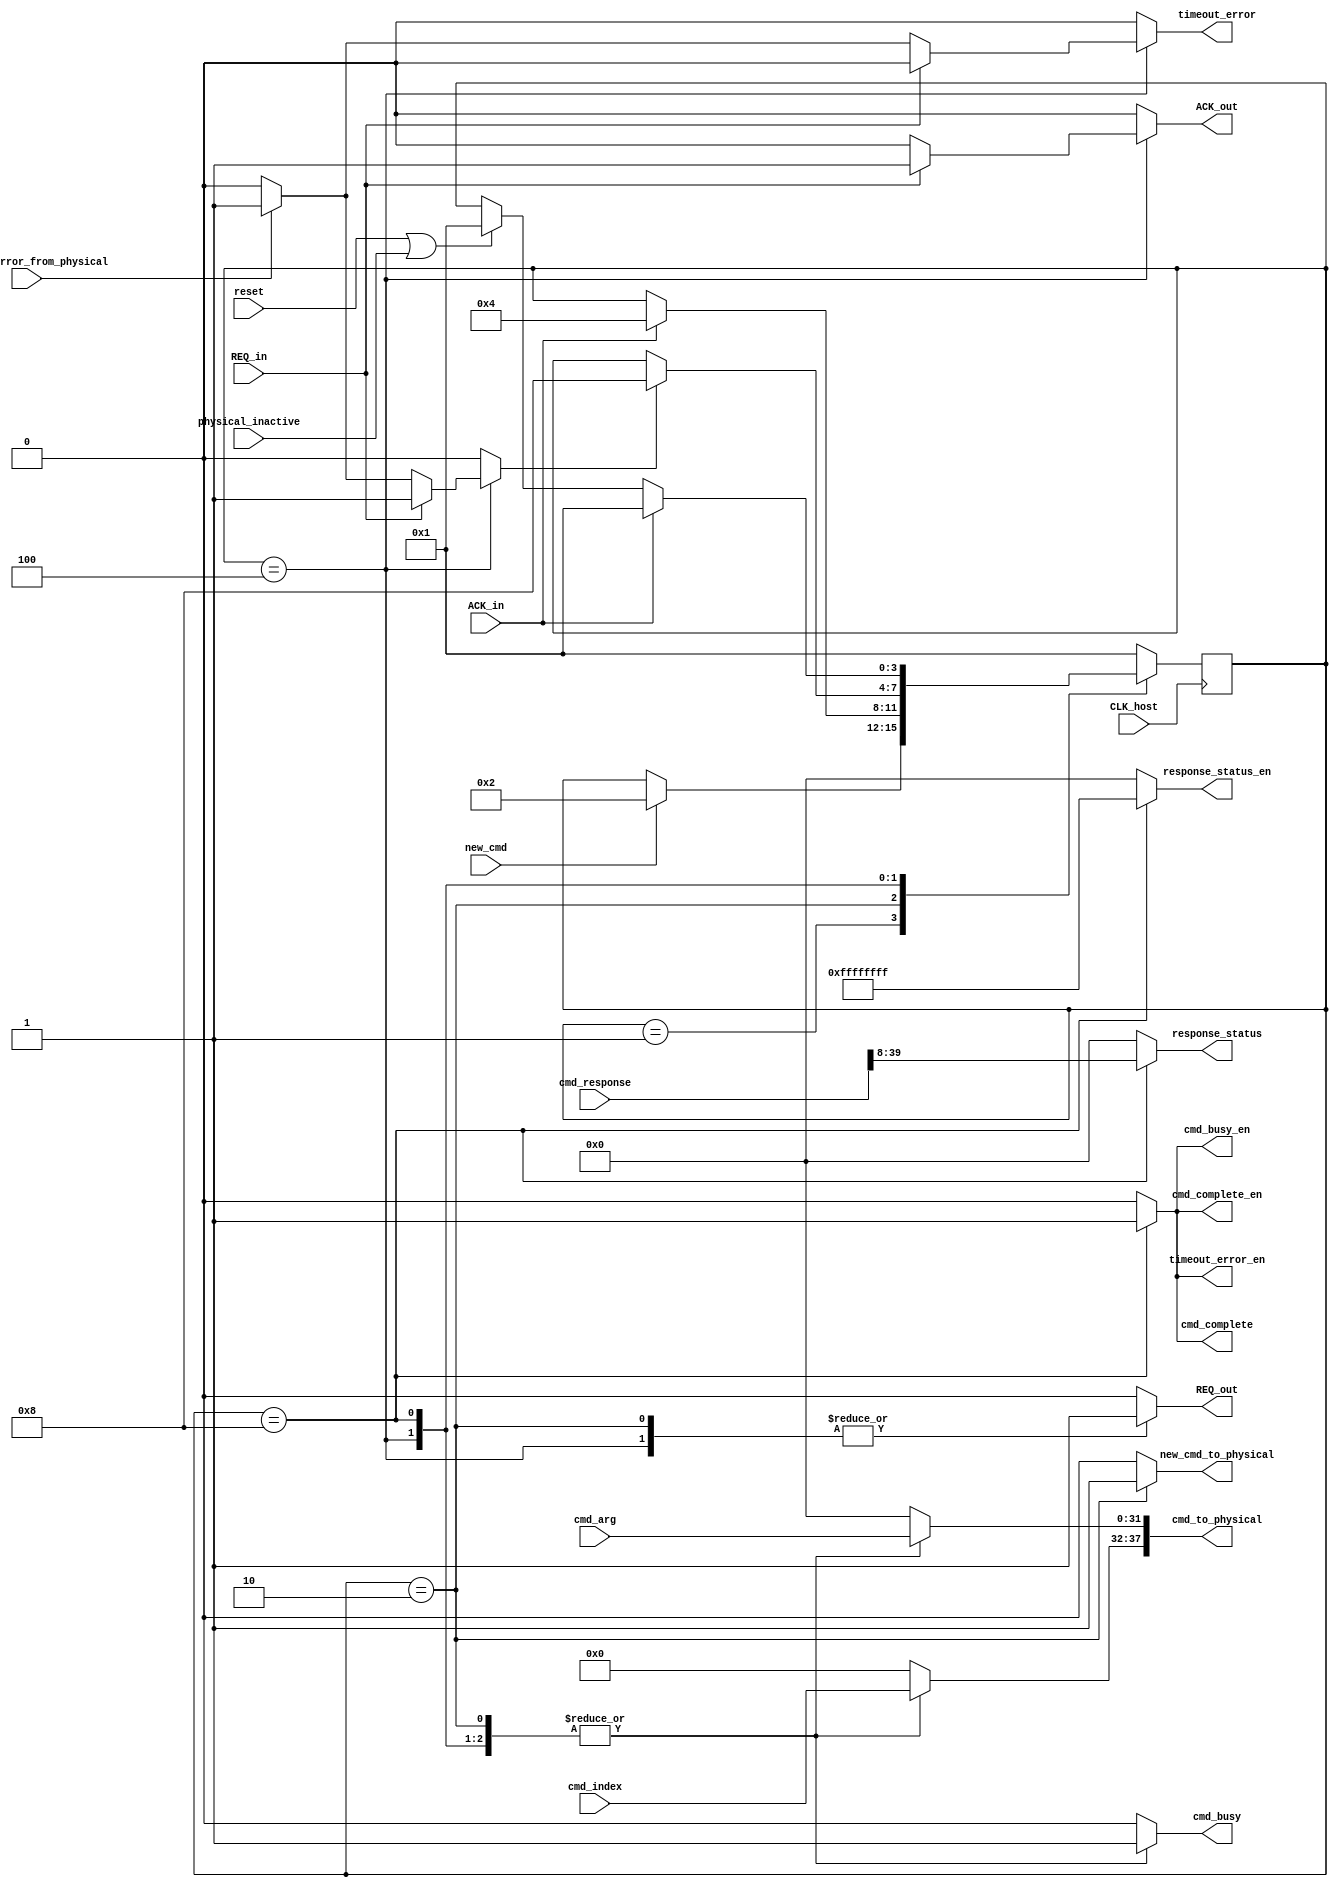
module CMD_master(

	input reset, 
	input CLK_host,
	input new_cmd,
	input ACK_in,
	input REQ_in,
	input physical_inactive,
	input [31:0] cmd_arg,
	input [5:0] cmd_index, 
	input [47:0] cmd_response,
	input timeout_error_from_physical,

	output cmd_busy,
	output cmd_complete,
	output REQ_out,
	output ACK_out,
	output timeout_error,
	output [31:0]response_status,
	output [37:0]cmd_to_physical,
	output cmd_busy_en,
	output cmd_complete_en,
	output timeout_error_en,
	output [31:0] response_status_en,
	output new_cmd_to_physical
	);

	//States (one-hot)
	parameter ST_WAITING_CMD = 4'b0001;
	parameter ST_SETUP = 4'b0010;
	parameter ST_WAITING_RESPONSE = 4'b0100;
	parameter ST_FINISHING = 4'b1000;

	//inputs
	wire reset, CLK_host, new_cmd, ACK_in, REQ_in;
	wire [31:0] cmd_arg;
	wire [5:0] cmd_index; 
	wire [47:0] cmd_response;
	
	
	//outputs
	reg cmd_busy, cmd_complete,REQ_out,ACK_out,timeout_error;
	reg [31:0]response_status;
	reg [37:0]cmd_to_physical;
	reg cmd_busy_en;
	reg cmd_complete_en;
	reg timeout_error_en;
	reg [31:0] response_status_en;
	reg new_cmd_to_physical;
	
	//other wires
	
	
	//other regs
	reg [3:0] current_st = ST_WAITING_CMD;
	reg execute_complete;
	
	
	
	
	
	//FF's and next state block
	always @(posedge CLK_host) begin
			if (reset || physical_inactive) begin
				current_st <= ST_WAITING_CMD;
			end
			else begin
				current_st <= current_st;
			end
			case(current_st)
				
				ST_WAITING_CMD: begin
					if (new_cmd == 1) begin
						current_st <= ST_SETUP;
					end
					else begin
						current_st <= current_st;
					end
				end
				
				ST_SETUP: begin			
					if(ACK_in == 1) begin
						current_st <= ST_WAITING_RESPONSE;
					end
					else begin
						current_st <= current_st;
					end
				end
				
				ST_WAITING_RESPONSE: begin
					if( execute_complete == 1 ) begin
						current_st <= ST_FINISHING;
					end
					else begin
						current_st <= current_st;
					end
				end
				
				ST_FINISHING: begin
				   if (ACK_in==1) begin
					current_st <= ST_WAITING_CMD;
				   end	
				end
				
				default: current_st <= ST_WAITING_CMD;
			endcase
	
	end


	//Combinational logic
	always @(*) begin
	
		case (current_st)
			ST_WAITING_CMD: begin
				cmd_busy = 0;
				cmd_complete = 0;
				REQ_out = 0;
				ACK_out = 0;
				timeout_error = 0;
				response_status = 32'h0000_0000;
				cmd_to_physical = 38'h0000_0000;
				execute_complete =0;
				
				cmd_busy_en = 0;
				cmd_complete_en = 0;
				timeout_error_en = 0;
				response_status_en = 32'h0000_0000;
				new_cmd_to_physical = 0;
					
			end
		
			ST_SETUP: begin
				cmd_busy = 1;
				cmd_complete = 0;
				REQ_out = 1;
				ACK_out = 0;
				timeout_error = 0;
				response_status = 32'h0000_0000;
				cmd_to_physical[37:32] = cmd_index;
				cmd_to_physical[31:0] = cmd_arg;
				execute_complete =0;
				new_cmd_to_physical = 1;
				
				cmd_busy_en = 0;
				cmd_complete_en = 0;
				timeout_error_en = 0;
				response_status_en = 32'h0000_0000;
			
							
			end
		
			ST_WAITING_RESPONSE: begin
				cmd_busy = 1;
				cmd_complete = 0;
				REQ_out = 1;
				response_status = 32'h0000_0000;
				cmd_to_physical[37:32] = cmd_index;
				cmd_to_physical[31:0] = cmd_arg;
				new_cmd_to_physical = 0;
				
				cmd_busy_en = 0;
				cmd_complete_en = 0;
				timeout_error_en = 0;
				response_status_en = 32'h0000_0000;
				
				
				if (REQ_in == 1 ) begin
					ACK_out = 1;
					execute_complete =1;
					timeout_error = 0;
				end
				else if (timeout_error_from_physical == 1) begin
					ACK_out = 0;
					timeout_error = 1;
					execute_complete = 1;
				end
				else begin
					ACK_out = 0;
					execute_complete =0;
					timeout_error = 0;
				end
			
			end
			
			ST_FINISHING: begin
				cmd_busy = 1;
				REQ_out = 0;
				ACK_out = 0;
				timeout_error = 0;
				response_status = cmd_response [39:8];
				cmd_to_physical[37:32] = cmd_index;
				cmd_to_physical[31:0] = cmd_arg;
				execute_complete =0;
				new_cmd_to_physical = 0;
				
				cmd_busy_en = 16'b0000_0000_0000_0001;
				cmd_complete_en = 16'b0000_0000_0000_0001;
				timeout_error_en = 16'b0000_0000_0000_0001;
				response_status_en = 32'hFFFF_FFFF;
				
				
				if (timeout_error == 1) begin
					timeout_error = 1;
					cmd_complete = 0;
				end
				else begin
					timeout_error = 0;
					cmd_complete = 1;
					
				end
				
			end
			
			default: begin
				cmd_busy = 0;
				cmd_complete = 0;
				REQ_out = 0;
				ACK_out = 0;
				timeout_error = 0;
				response_status = 32'h0000_0000;
				cmd_to_physical = 38'h0000_0000;
				execute_complete =0;
				new_cmd_to_physical = 0;
			
				cmd_busy_en = 0;
				cmd_complete_en = 0;
				timeout_error_en = 0;
				response_status_en = 32'h0000_0000;
				
			end
			
	
		endcase
		
		
		
	end

endmodule